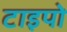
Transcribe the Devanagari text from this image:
टाइपो